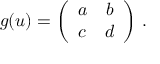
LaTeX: g ( u ) = \left( \begin{array} { c c } { { a } } & { { b } } \\ { { c } } & { { d } } \end{array} \right) \, .